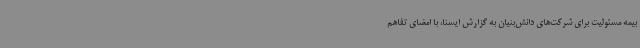
بیمه‌ مسئولیت برای شرکت‌های دانش‌بنیان به گزارش ایسنا، با امضای تفاهم